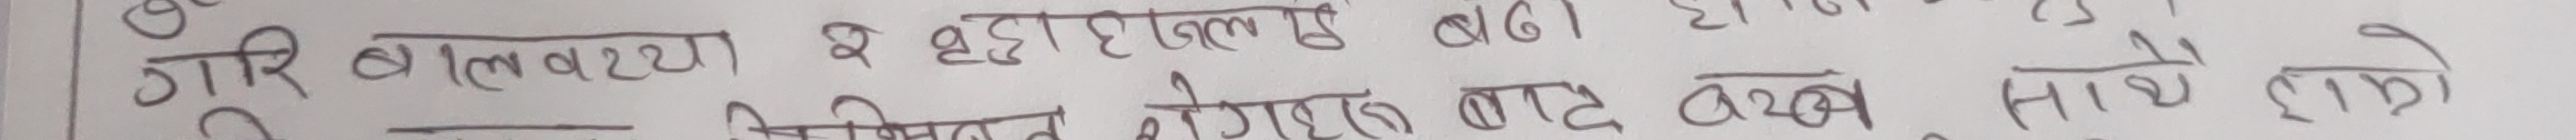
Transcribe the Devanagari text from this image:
गरि बाल्यावस्थ व वृद्धावस्थ बडा होला
निमित्त नेगरुन बाट बेच्न साथै राम्रो